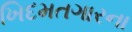
ખિદમતગારના